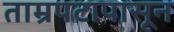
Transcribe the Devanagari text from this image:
ताम्रपटापासून